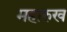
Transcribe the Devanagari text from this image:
महारुख